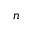
n